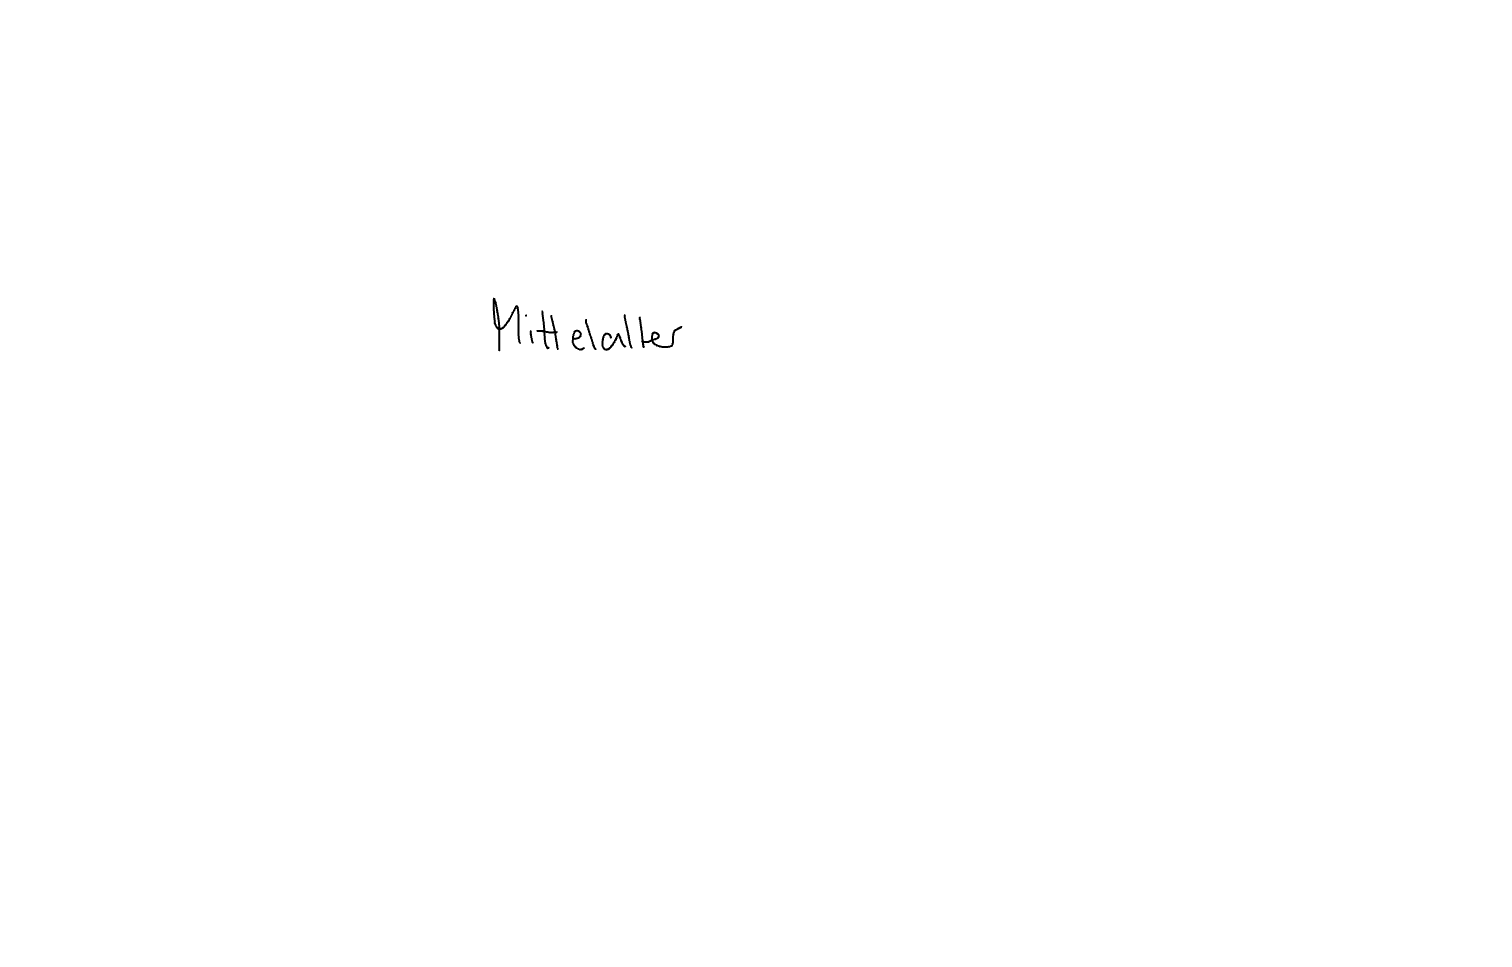
Text: Mittelalter